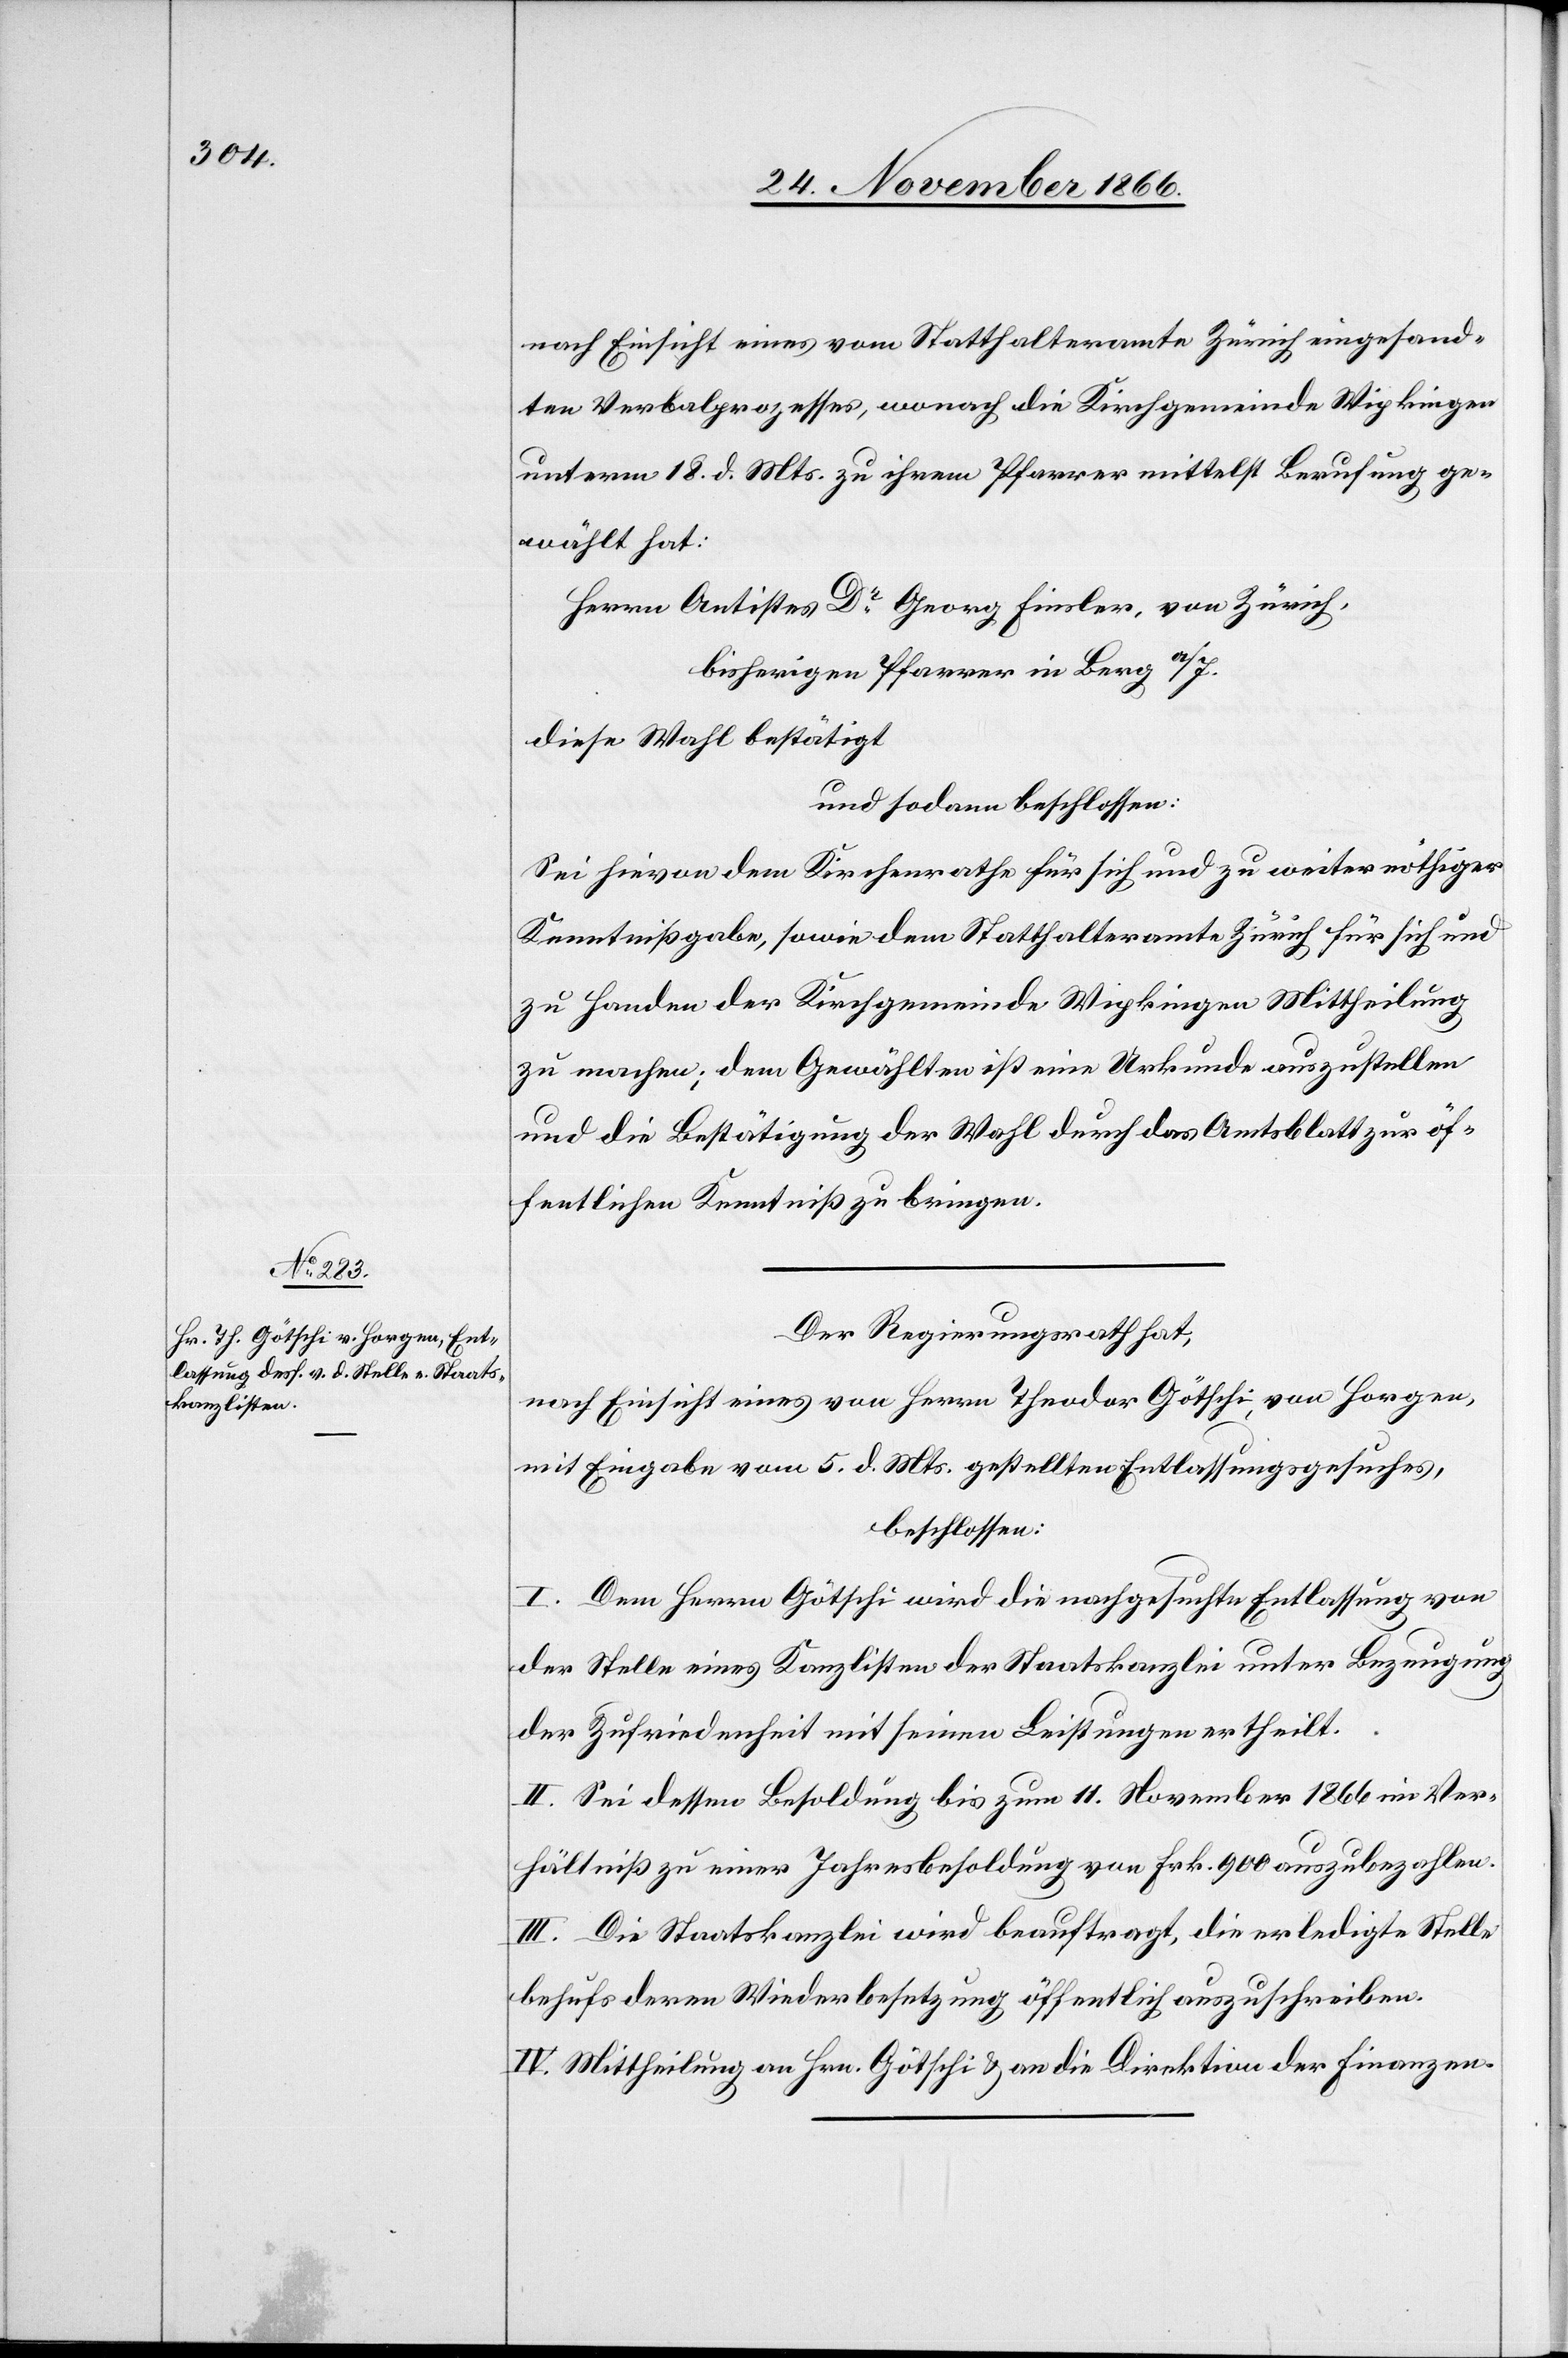
nach Einsicht eines vom Statthalteramte Zürich eingesand¬
ten Verbalprozesses, wonach die Kirchgemeinde Wipkingen
unterm 18. d. Mts. zu ihrem Pfarrer mittelst Berufung ge¬
wählt hat:
Herrn Antistes Dr. Georg Finsler, von Zürich,
bisherigen Pfarrer in Berg a/I.
diese Wahl bestätigt
und sodann beschlossen:
Sei hievon dem Kirchenrathe für sich und zu weiter nöthiger
Kenntnißgabe, sowie dem Statthalteramte Zürich für sich und
zu Handen der Kirchgemeinde Wipkingen Mittheilung
zu machen; dem Gewählten ist eine Urkunde auszustellen
und die Bestätigung der Wahl durch das Amtsblatt zur öf¬
fentlichen Kenntniß zu bringen.
Der Regierungsrath hat,
nach Einsicht eines von Herrn Theodor Götschi, von Horgen,
mit Eingabe vom 5. d. Mts. gestellten Entlassungsgesuches,
beschlossen:
I. Dem Herrn Götschi wird die nachgesuchte Entlassung von
der Stelle eines Kanzlisten der Staatskanzlei unter Bezeugung
der Zufriedenheit mit seinen Leistungen ertheilt.
II. Sei dessen Besoldung bis zum 11. November 1866 im Ver¬
hältniß zu einer Jahresbesoldung von Frk. 900 auszubezahlen.
III. Die Staatskanzlei wird beauftragt, die erledigte Stelle
behufs deren Wiederbesetzung öffentlich auszuschreiben.
IV. Mittheilung an Hrn. Götschi & an die Direktion der Finanzen.